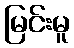
မြင်းမူ